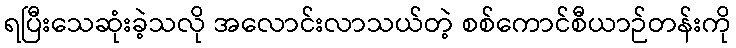
ရပြီးသေဆုံးခဲ့သလို အလောင်းလာသယ်တဲ့ စစ်ကောင်စီယာဉ်တန်းကို